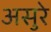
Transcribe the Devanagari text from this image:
असुरे